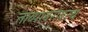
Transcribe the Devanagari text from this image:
तांब्याबरोबरच